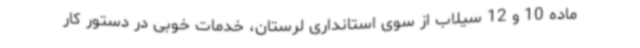
ماده 10 و 12 سیلاب از سوی استانداری لرستان، خدمات خوبی در دستور کار